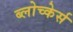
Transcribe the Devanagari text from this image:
ब्लोच्केर्स